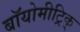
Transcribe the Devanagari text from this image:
बॉयोमीट्रिक्